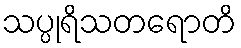
သပ္ပုရိသတရောတိ